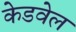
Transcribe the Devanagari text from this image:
केडवेल